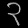
Digit: ၃